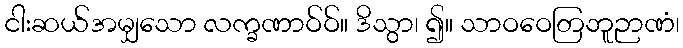
ငါးဆယ်အမျှသော လက္ခဏာဝ်ဝ်။ ဒိသွာ၊ ၍။ သာဝဝေတြဘူဉာဏံ၊